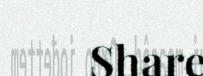
Share